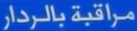
مراقبة بالرادار